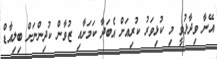
އޭނާ ވިދާޅުވީ މި ކުޅިވަރު ކުރިއަށް އެބަދާ ކަމަށާއި ޒުވާން ކުދިންނަށް ބިލިއާޑް